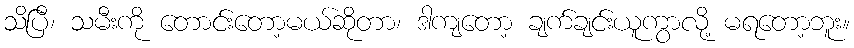
သိပြီ၊ သမီးကို တောင်းတော့မယ်ဆိုတာ၊ ဒါကျတော့ ချက်ချင်းယူကွာလို့ မရတော့ဘူး။